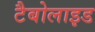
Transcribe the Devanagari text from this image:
टैबोलाइड